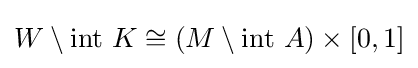
W\setminus \operatorname {int} \,K\cong \left(M\setminus \operatorname {int} \,A\right)\times \left[0,1\right]